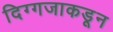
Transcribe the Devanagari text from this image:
दिग्गजाकडून